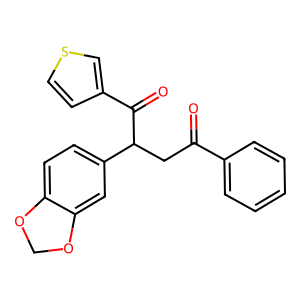
SMILES: O=C(CC(C(=O)c1ccsc1)c1ccc2c(c1)OCO2)c1ccccc1
Inhibits HIV replication: No